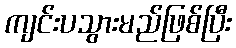
ကျင်းပသွားမည်ဖြစ်ပြီး